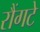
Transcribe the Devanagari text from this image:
रौंगटे